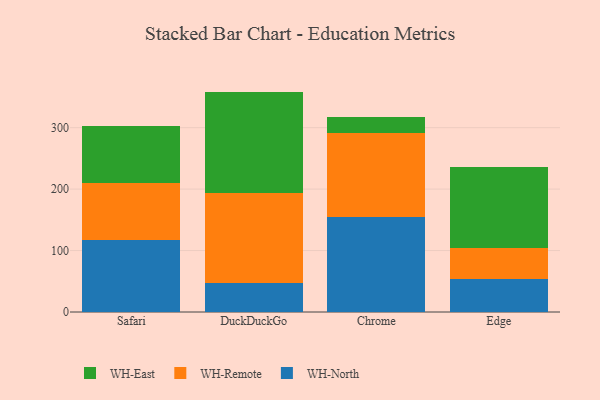
{"axis": {"x": "Browser", "y": "Population (Million)"}, "legend": ["WH-East", "WH-North", "WH-Remote"], "data": [{"x": "Safari", "y": 117.5, "type": "WH-North"}, {"x": "Safari", "y": 92.8, "type": "WH-Remote"}, {"x": "Safari", "y": 93.1, "type": "WH-East"}, {"x": "DuckDuckGo", "y": 48.0, "type": "WH-North"}, {"x": "DuckDuckGo", "y": 145.9, "type": "WH-Remote"}, {"x": "DuckDuckGo", "y": 164.8, "type": "WH-East"}, {"x": "Chrome", "y": 154.6, "type": "WH-North"}, {"x": "Chrome", "y": 136.4, "type": "WH-Remote"}, {"x": "Chrome", "y": 26.4, "type": "WH-East"}, {"x": "Edge", "y": 53.6, "type": "WH-North"}, {"x": "Edge", "y": 51.2, "type": "WH-Remote"}, {"x": "Edge", "y": 131.4, "type": "WH-East"}]}